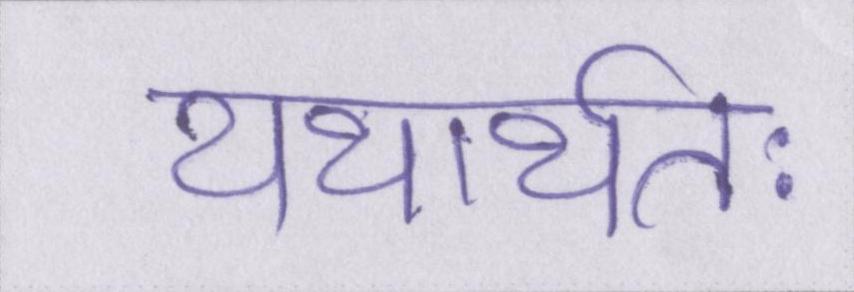
यथार्थतः